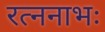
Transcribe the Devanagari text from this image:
रत्ननाभः